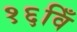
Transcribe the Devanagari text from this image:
१६विँ